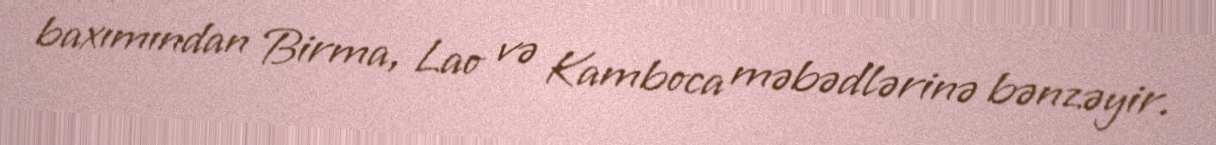
baxımından Birma, Lao və Kamboca məbədlərinə bənzəyir.